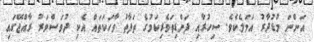
އަންނަ މުޑުދާރު އަމަލެކެވެ. ސިހުރާއި ފަންޑިތަވެރިކަމުގެ ތަފާތު ވާހަކަތައް އެކި ދުވަސްވަރު ރާއްޖޭގައި